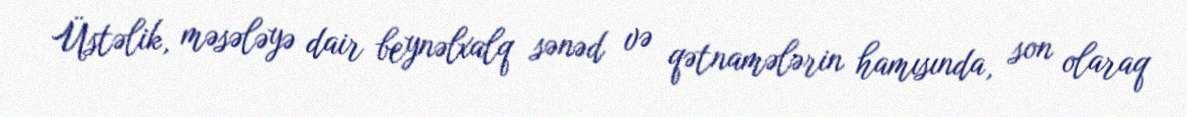
Üstəlik, məsələyə dair beynəlxalq sənəd və qətnamələrin hamısında, son olaraq